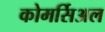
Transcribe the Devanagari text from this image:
कोमर्सिअल